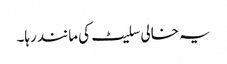
یہ خالی سلیٹ کی مانند رہا۔